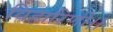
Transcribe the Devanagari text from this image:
विहारिणी।।